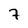
Character: 7